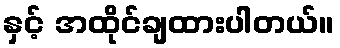
နှင့် အထိုင်ချထားပါတယ်။